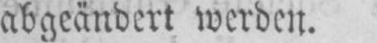
abgeändert werden.